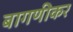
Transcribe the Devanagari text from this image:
बागणीकर